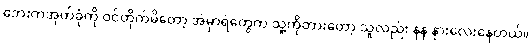
ဘေးကအုတ်ခုံကို ဝင်တိုက်မိတော့ အဲမှာရဲတွေက သူ့ကိုတားတော့ သူလည်း နဲနဲ နားလေးနေတယ်။